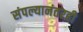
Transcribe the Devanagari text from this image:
संपल्यानंतरही